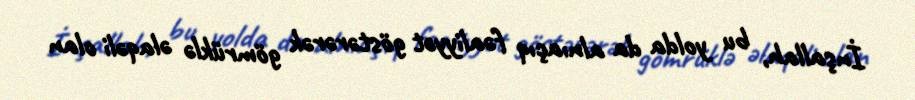
İnşallah, bu yolda da alnıaçıq fəaliyyət göstərərək gömrüklə əlaqəli olan